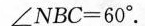
∠NBC=60°。